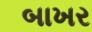
બાખર